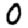
Digit: 0